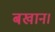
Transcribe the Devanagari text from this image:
बखान।